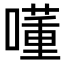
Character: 𡀇